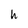
Character: h